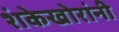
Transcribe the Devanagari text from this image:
शंकेखोरांनी